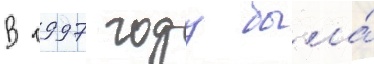
В 1997 году была́